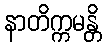
နာတိက္ကမန္တိ